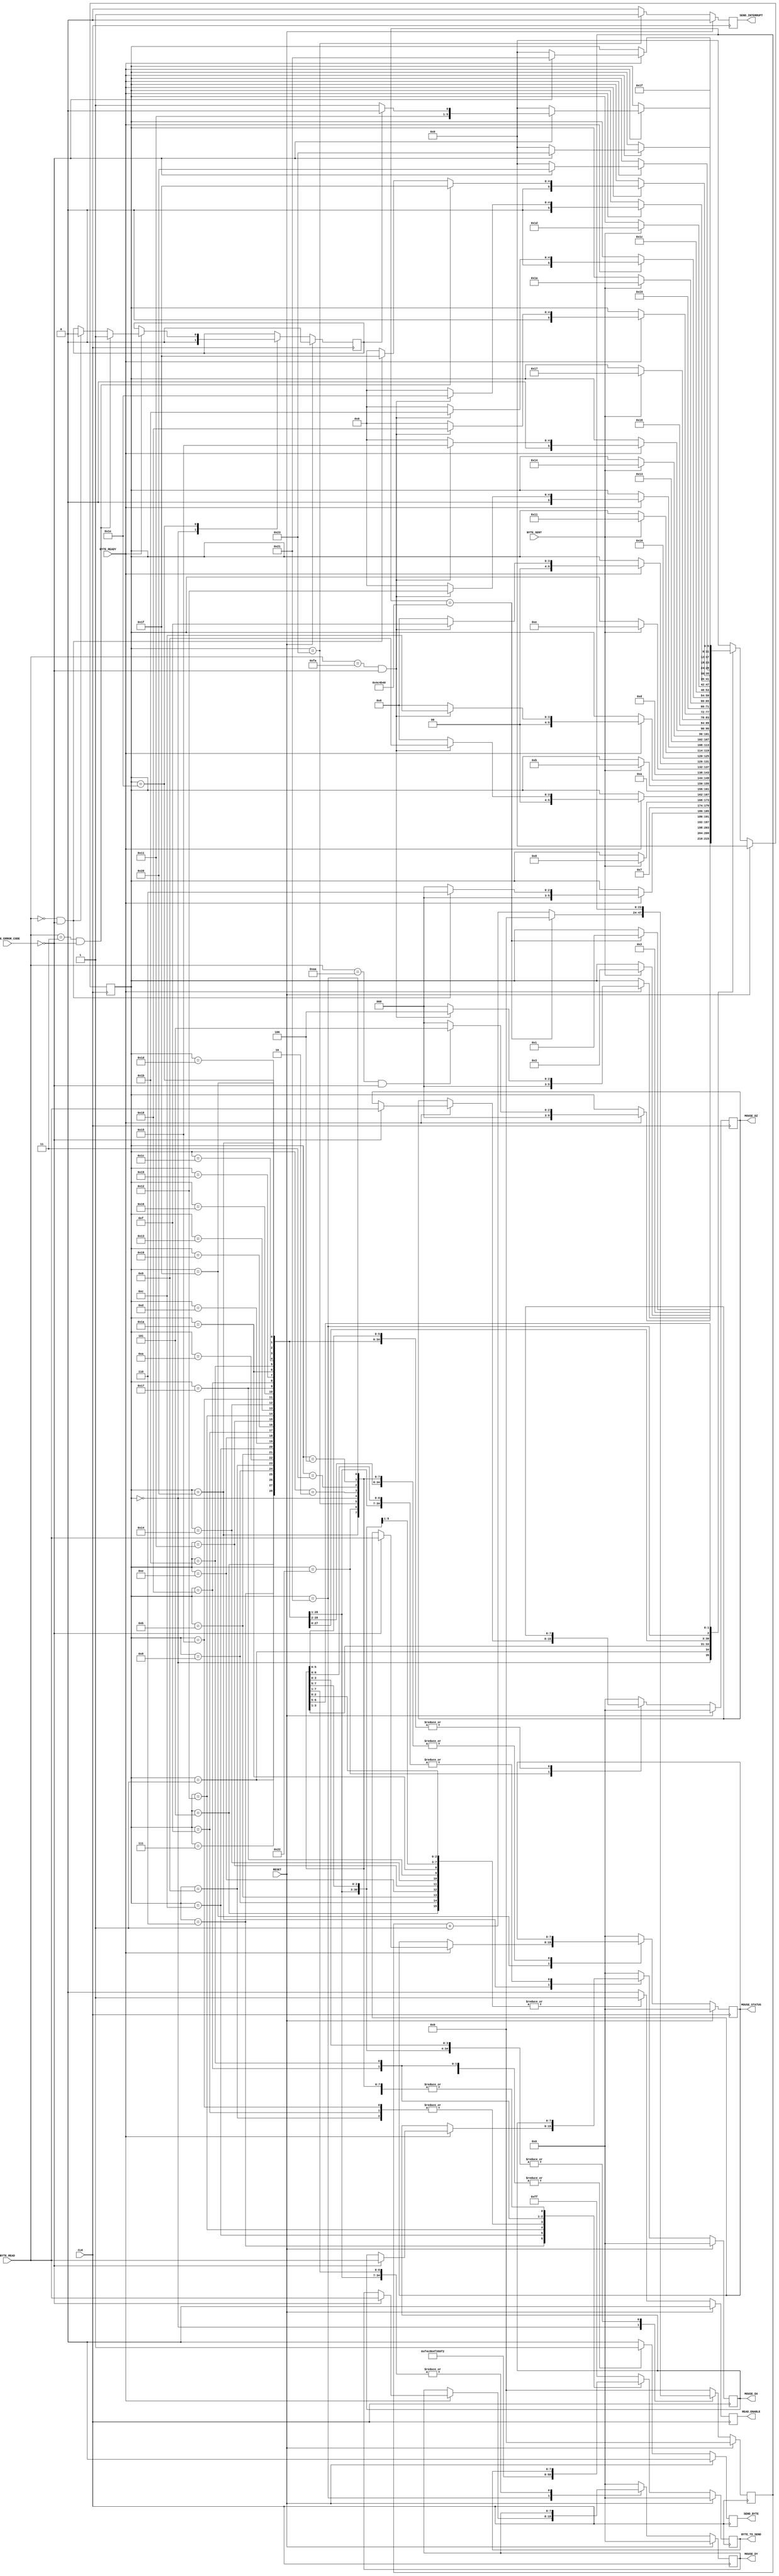
`timescale 1ns / 1ps
//////////////////////////////////////////////////////////////////////////////////
// Company: The University of Edinburgh
// 
// Design Name: 
// Module Name:    MouseMasterSM 
// Project Name: 
// Target Devices: 
// Tool versions: 
// Description: 
//
// Dependencies: 
//
// Revision: 
// Revision 0.01 - File Created
// Additional Comments: 	Large ammounts of code were already provided, however
//									that also greatly restricts my coding options
//
//////////////////////////////////////////////////////////////////////////////////
module MouseMasterSM(
	input 			CLK,
	input 			RESET,
	//Transmitter Control
	output 			SEND_BYTE,
	output [7:0] 	BYTE_TO_SEND,
	input 			BYTE_SENT,
	//Receiver Control
	output 			READ_ENABLE,
	input [7:0] 	BYTE_READ,
	input [1:0] 	BYTE_ERROR_CODE,
	input 			BYTE_READY,
	//Data Registers
	output [7:0] 	MOUSE_DX,
	output [7:0] 	MOUSE_DY,
	output [7:0]	MOUSE_DZ,
	output [7:0] 	MOUSE_STATUS,
	output 			SEND_INTERRUPT
);
	//////////////////////////////////////////////////////////////
	// Main state machine - There is a setup sequence
	//
	// 1) Send FF -- Reset command,
	// 2) Read FA -- Mouse Acknowledge,
	// 2) Read AA -- Self-Test Pass
	// 3) Read 00 -- Mouse ID
	// 4) Send F4 -- Start transmitting command,
	// 5) Read FA -- Mouse Acknowledge,
	//
	// If at any time this chain is broken, the SM will restart from
	// the beginning. Once it has finished the set-up sequence, the read enable flag
	// is raised.
	// The host is then ready to read mouse information 3 bytes at a time:
	// S1) Wait for first read, When it arrives, save it to Status. Goto S2.
	// S2) Wait for second read, When it arrives, save it to DX. Goto S3.
	// S3) Wait for third read, When it arrives, save it to DY. Goto S1.
	// Send interrupt.
	
	//State Control
	reg [5:0] 	Curr_State, Next_State;
	reg [23:0] 	Curr_Counter, Next_Counter;

	//Transmitter Control
	reg 			Curr_SendByte, Next_SendByte;
	reg [7:0] 	Curr_ByteToSend, Next_ByteToSend;

	//Receiver Control
	reg 			Curr_ReadEnable, Next_ReadEnable;

	//Data Registers
	reg [7:0] 	Curr_Status, Next_Status;
	reg [7:0] 	Curr_Dx, Next_Dx;
	reg [7:0] 	Curr_Dy, Next_Dy;
	reg [7:0]	Curr_Dz, Next_Dz;
	reg 			Curr_SendInterrupt, Next_SendInterrupt;
	reg 			Curr_Intellimouse_Mode, Next_Intellimouse_Mode;

	//Sequential
	always@(posedge CLK)
		begin
			if(RESET)
				begin
					Curr_State 					<= 4'h0;
					Curr_Counter 				<= 0;
					Curr_SendByte 				<= 1'b0;
					Curr_ByteToSend 			<= 8'h00;
					Curr_ReadEnable 			<= 1'b0;
					Curr_Status 				<= 8'h00;
					Curr_Dx 						<= 8'h00;
					Curr_Dy 						<= 8'h00;
					Curr_Dz						<= 8'h00;
					Curr_SendInterrupt 		<= 1'b0;
					Curr_Intellimouse_Mode	<= 0;
				end
			else 
				begin
					Curr_State 					<= Next_State;
					Curr_Counter 				<= Next_Counter;
					Curr_SendByte 				<= Next_SendByte;
					Curr_ByteToSend 			<= Next_ByteToSend;
					Curr_ReadEnable 			<= Next_ReadEnable;
					Curr_Status 				<= Next_Status;
					Curr_Dx 						<= Next_Dx;
					Curr_Dy 						<= Next_Dy;
					Curr_Dz						<= Next_Dz;
					Curr_SendInterrupt 		<= Next_SendInterrupt;
					Curr_Intellimouse_Mode	<= Next_Intellimouse_Mode;
				end
		end
	
	//Combinatorial
	always@* 
		begin
			Next_State 					= Curr_State;
			Next_Counter 				= Curr_Counter;
			Next_SendByte 				= 1'b0;
			Next_ByteToSend 			= Curr_ByteToSend;
			Next_ReadEnable 			= 1'b0;
			Next_Status 				= Curr_Status;
			Next_Dx 						= Curr_Dx;
			Next_Dy 						= Curr_Dy;
			Next_Dz						= Curr_Dz;
			Next_SendInterrupt 		= 1'b0;
			Next_Intellimouse_Mode	= Curr_Intellimouse_Mode;
			
			case(Curr_State)
				//Initialise State - Wait here for 10ms before trying to initialise the mouse.
				0: 
					begin
						Next_Intellimouse_Mode 	= 0;
						if(Curr_Counter == 5000000)
							begin // 1/100th sec at 50MHz clock
								Next_State 			= 1;
								Next_Counter 		= 0;
							end 
						else	
							Next_Counter 			= Curr_Counter + 1'b1;
					end
					//Start initialisation by sending FF
				1: 
					begin
						Next_State 					= 2;
						Next_SendByte 				= 1'b1;
						Next_ByteToSend 			= 8'hFF;
					end
				//Wait for confirmation of the byte being sent
				2: 
					begin
						if(BYTE_SENT)
							Next_State 				= 3;
					end
				//Wait for confirmation of a byte being received
				//If the byte is FA goto next state, else re-initialise.
				3: 
					begin
						if(BYTE_READY)
							begin
								if((BYTE_READ == 8'hFA) & (BYTE_ERROR_CODE == 2'b00))
									Next_State 		= 4;
								else
									Next_State 		= 0;
							end
						
						Next_ReadEnable 			= 1'b1;
					end
				//Wait for self-test pass confirmation
				//If the byte received is AA goto next state, else re-initialise
				4: 
					begin
						if(BYTE_READY) 
							begin
								if((BYTE_READ == 8'hAA) & (BYTE_ERROR_CODE == 2'b00))
									Next_State 		= 5;
								else
									Next_State 		= 0;
							end
							
						Next_ReadEnable 			= 1'b1;
					end
				//Wait for confirmation of a byte being received
				//If the byte is 00 goto next state (MOUSE ID) else re-initialise
				5: 
					begin
						if(BYTE_READY) 
							begin
								if((BYTE_READ == 8'h00) & (BYTE_ERROR_CODE == 2'b00))
									Next_State 		= 6;
								else
									Next_State 		= 0;
							end
						
						Next_ReadEnable = 1'b1;
					end
				//Send F4 - to start mouse transmit
				6: 
					begin
						Next_State 					= 7;
						Next_SendByte 				= 1'b1;
						Next_ByteToSend 			= 8'hF4;
					end
				//Wait for confirmation of the byte being sent
				7: if(BYTE_SENT) Next_State = 4'h8;
				//Wait for confirmation of a byte being received
				//If the byte is FA goto next state, else re-initialise
				8: 
					begin
						if(BYTE_READY) 
							begin
								if((BYTE_READ == 8'hFA) & (BYTE_ERROR_CODE == 2'b00))
									Next_State 		= 9;
								else
									Next_State 		= 0;
							end
						
						Next_ReadEnable 			= 1'b1;
					end

				// From here on out this is to enable microsoft mouse mode (scoll wheel)
				// Send sample rate change request (next byte is value)
				9:
					begin
						Next_State 					= 10;
						Next_SendByte 				= 1'b1;
						Next_ByteToSend 			= 8'hF3;
					end

				//Wait for confirmation of the byte being sent
				10: if(BYTE_SENT) Next_State = 11;

				//Wait for confirmation of a byte being received
				//If the byte is FA goto next state, else re-initialise.
				11: 
					begin
						if(BYTE_READY)
							begin
								if((BYTE_READ == 8'hFA) & (BYTE_ERROR_CODE == 2'b00))
									Next_State 		= 12;
								else
									Next_State 		= 0;
							end
						
						Next_ReadEnable 			= 1'b1;
					end


				// Send sample rate change to 200
				12:
					begin
						Next_State 					= 13;
						Next_SendByte 				= 1'b1;
						Next_ByteToSend 			= 8'hC8;
					end

				//Wait for confirmation of the byte being sent
				13: if(BYTE_SENT) Next_State = 14;

				//Wait for confirmation of a byte being received
				//If the byte is FA goto next state, else re-initialise.
				14: 
					begin
						if(BYTE_READY)
							begin
								if((BYTE_READ == 8'hFA) & (BYTE_ERROR_CODE == 2'b00))
									Next_State 		= 15;
								else
									Next_State 		= 0;
							end
						
						Next_ReadEnable 			= 1'b1;
					end

				// Send sample rate change request (next byte is value)
				15:
					begin
						Next_State 					= 16;
						Next_SendByte 				= 1'b1;
						Next_ByteToSend 			= 8'hF3;
					end

				//Wait for confirmation of the byte being sent
				16: if(BYTE_SENT) Next_State = 17;

				//Wait for confirmation of a byte being received
				//If the byte is FA goto next state, else re-initialise.
				17: 
					begin
						if(BYTE_READY)
							begin
								if((BYTE_READ == 8'hFA) & (BYTE_ERROR_CODE == 2'b00))
									Next_State 		= 18;
								else
									Next_State 		= 0;
							end
						
						Next_ReadEnable 			= 1'b1;
					end

				// Send sample rate change to 100
				18:
					begin
						Next_State 					= 19;
						Next_SendByte 				= 1'b1;
						Next_ByteToSend 			= 8'h64;
					end

				//Wait for confirmation of the byte being sent
				19: if(BYTE_SENT) Next_State = 20;

				//Wait for confirmation of a byte being received
				//If the byte is FA goto next state, else re-initialise.
				20: 
					begin
						if(BYTE_READY)
							begin
								if((BYTE_READ == 8'hFA) & (BYTE_ERROR_CODE == 2'b00))
									Next_State 		= 21;
								else
									Next_State 		= 0;
							end
						
						Next_ReadEnable 			= 1'b1;
					end

				// Send sample rate change request (next byte is value)
				21:
					begin
						Next_State 					= 22;
						Next_SendByte 				= 1'b1;
						Next_ByteToSend 			= 8'hF3;
					end

				//Wait for confirmation of the byte being sent
				22: if(BYTE_SENT) Next_State = 23;

				//Wait for confirmation of a byte being received
				//If the byte is FA goto next state, else re-initialise.
				23: 
					begin
						if(BYTE_READY)
							begin
								if((BYTE_READ == 8'hFA) & (BYTE_ERROR_CODE == 2'b00))
									Next_State 		= 24;
								else
									Next_State 		= 0;
							end
						
						Next_ReadEnable 			= 1'b1;
					end

				// Send sample rate change to 80
				24:
					begin
						Next_State 					= 25;
						Next_SendByte 				= 1'b1;
						Next_ByteToSend 			= 8'h50;
					end

				//Wait for confirmation of the byte being sent
				25: if(BYTE_SENT) Next_State = 26;

				//Wait for confirmation of a byte being received
				//If the byte is FA goto next state, else re-initialise.
				26: 
					begin
						if(BYTE_READY)
							begin
								if((BYTE_READ == 8'hFA) & (BYTE_ERROR_CODE == 2'b00))
									Next_State 		= 27;
								else
									Next_State 		= 0;
							end
						
						Next_ReadEnable 			= 1'b1;
					end

				// Send device ID request
				27:
					begin
						Next_State 					= 28;
						Next_SendByte 				= 1'b1;
						Next_ByteToSend 			= 8'hF2;
					end

				//Wait for confirmation of the byte being sent
				28: if(BYTE_SENT) Next_State = 29;

				//Wait for confirmation of a byte being received
				//If the byte is FA goto next state, else re-initialise.
				29: 
					begin
						if(BYTE_READY)
							begin
								if((BYTE_READ == 8'hFA) & (BYTE_ERROR_CODE == 2'b00))
									Next_State 		= 30;
								else
									Next_State 		= 0;
							end
						
						Next_ReadEnable 			= 1'b1;
					end

				30: 
					begin
						if(BYTE_READY) 
							begin
								if((BYTE_READ == 8'h03) & (BYTE_ERROR_CODE == 2'b00))
									begin
										Next_State 					= 31;
										Next_Intellimouse_Mode 	= 1;
									end	
								else if ((BYTE_READ == 8'h00) & (BYTE_ERROR_CODE == 2'b00))
									begin
										Next_State 					= 31;
										Next_Intellimouse_Mode 	= 0;
									end
								else
									Next_State		= 0;
							end
						
						Next_ReadEnable 			= 1'b1;
					end






				///////////////////////////////////////////////////////////
				//At this point the SM has initialised the mouse.
				//Now we are constantly reading. If at any time
				//there is an error, we will re-initialise
				//the mouse - just in case.
				///////////////////////////////////////////////////////////
				//Wait for the confirmation of a byte being received.
				//This byte will be the first of three, the status byte.
				//If a byte arrives, but is corrupted, then we re-initialise
	/*
				4'h9: begin
					if(BYTE_READY & (BYTE_ERROR_CODE == 2'b00)) begin
						Next_State = 4'hA;
						Next_Status = BYTE_READ;
					end else
						Next_State = 4'h9;
						
					Next_Counter = 0;
					Next_ReadEnable = 1'b1;
				end
	*/

			
				//Wait for confirmation of a byte being received
				//This byte will be the second of three, the Dx byte.
				/*
				..
				FILL IN THIS AREA
				.
				*/
				31:
					begin
						if(BYTE_READY)
							begin
								if(BYTE_ERROR_CODE == 2'b00)
									begin
										Next_State 					= 32;
										Next_Status 				= BYTE_READ;	
									end
								else
									Next_State 						= 0;					// actually reinit on corrupted byte
							end			

						Next_ReadEnable 							= 1'b1;
					end
						
				32:
					begin
						if(BYTE_READY)
							begin
								if(BYTE_ERROR_CODE == 2'b00)
									begin
										Next_State 					= 33;
										Next_Dx 						= BYTE_READ;
									end
								else
									Next_State 						= 0;
							end
							
						Next_ReadEnable 							= 1'b1;
					end
				//Wait for confirmation of a byte being received
				//This byte will be the third of three, the Dy byte.
				/*
				..
				FILL IN THIS AREA
				.
				*/
				33:
					begin
						if(BYTE_READY)
							begin
								if(BYTE_ERROR_CODE == 2'b00)
									begin
										if(Curr_Intellimouse_Mode)
											Next_State 				= 34;
										else
											Next_State				= 35;
										Next_Dy 						= BYTE_READ;
									end
								else
									Next_State 						= 0;
							end
							
						Next_ReadEnable 							= 1'b1;
					end

				// Wait for fourth byte in intellimouse mode
				34:
					begin
						if(BYTE_READY)
							begin
								if(BYTE_ERROR_CODE == 2'b00)
									begin
										Next_Dz						= BYTE_READ;
										Next_State					= 35;
									end
								else
									Next_State 						= 0;
							end
							
						Next_ReadEnable 							= 1'b1;
					end

				//Send Interrupt State
				35: 
				begin
					Next_State 										= 31;
					Next_SendInterrupt 							= 1'b1;
				end

				//Default State
				default: begin
					Next_State 				= 4'h0;
					Next_Counter 			= 0;
					Next_SendByte 			= 1'b0;
					Next_ByteToSend 		= 8'hFF;
					Next_ReadEnable 		= 1'b0;
					Next_Status 			= 8'h00;
					Next_Dx 					= 8'h00;
					Next_Dy 					= 8'h00;
					Next_Dz					= 8'h00;
					Next_SendInterrupt 	= 1'b0;
				end
			endcase
		end
	
	///////////////////////////////////////////////////
	//Tie the SM signals to the IO
	//Transmitter
	assign SEND_BYTE 			= Curr_SendByte;
	assign BYTE_TO_SEND 		= Curr_ByteToSend;
	
	//Receiver
	assign READ_ENABLE 		= Curr_ReadEnable;
	
	//Output Mouse Data
	assign MOUSE_DX 			= Curr_Dx;
	assign MOUSE_DY 			= Curr_Dy;
	assign MOUSE_STATUS 		= Curr_Status;
	assign SEND_INTERRUPT 	= Curr_SendInterrupt;
	assign MOUSE_DZ			= Curr_Dz;
endmodule